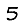
Digit: 5